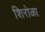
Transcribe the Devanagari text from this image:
शिरोळा